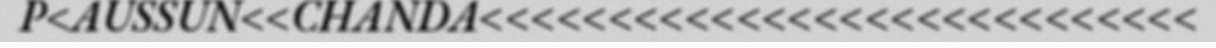
P<AUSSUN<<CHANDA<<<<<<<<<<<<<<<<<<<<<<<<<<<<